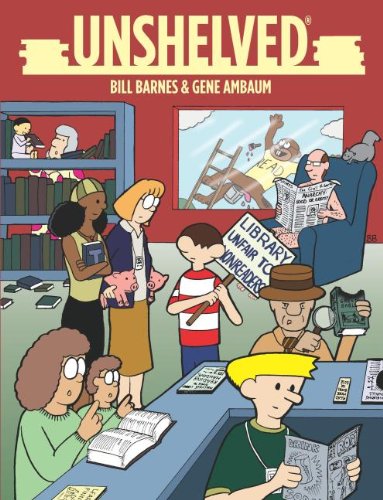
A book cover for Unshelved; Gene Ambaum; Comics & Graphic Novels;